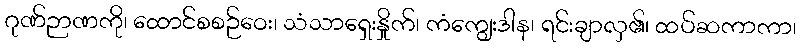
ဂုဏ်ဉာဏကို၊ ထောင်စစဉ်ဝေး၊ သံသာရှေးနှိုက်၊ ကံကျွေးဒါန၊ ရင်းချာလှ၏၊ ထပ်ဆကာကာ၊